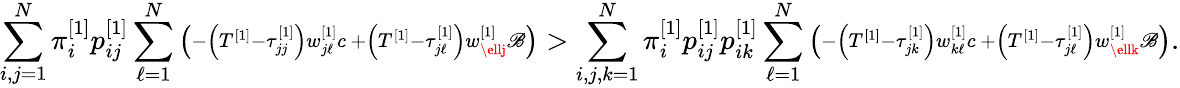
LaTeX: \sum_{i,j=1}^{N}\pi_{i}^{\left[1\right]}p_{ij}^{\left[1\right]}\sum_{\ell=1}^{N}\left(\substack{-\left(T^{\left[1\right]}-\tau_{jj}^{\left[1\right]}\right)w_{j\ell}^{\left[1\right]}c\, +\left(T^{\left[1\right]}-\tau_{j\ell}^{\left[1\right]}\right)w_{\ellj}^{\left[1\right]}\mathscr{B}}\right)>\sum_{i,j,k=1}^{N}\pi_{i}^{\left[1\right]}p_{ij}^{\left[1\right]}p_{ik}^{\left[1\right]}\sum_{\ell=1}^{N}\left(\substack{-\left(T^{\left[1\right]}-\tau_{jk}^{\left[1\right]}\right)w_{k\ell}^{\left[1\right]}c\, +\left(T^{\left[1\right]}-\tau_{j\ell}^{\left[1\right]}\right)w_{\ellk}^{\left[1\right]}\mathscr{B}}\right).